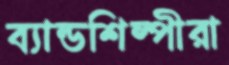
ব্যান্ডশিল্পীরা